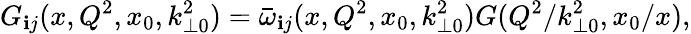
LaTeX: G_{\mathbf{i}j}(x,Q^{2},x_{0},k_{\perp0}^{2})=\bar{{\omega}}_{\mathbf{i}j}(x,Q^{2},x_{0},k_{\perp0}^{2})G(Q^{2}/k_{\perp0}^{2},x_{0}/x),